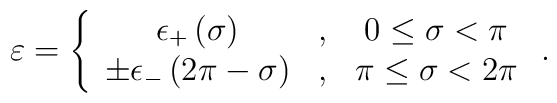
\varepsilon = \left\{ \begin{array}{ccc}\epsilon_+\left( \sigma\right) & , & 0\leq \sigma < \pi \\\pm \epsilon_-\left( 2\pi -\sigma\right) & ,& \pi \leq \sigma < 2\pi\end{array} \right. .